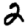
Digit: 2